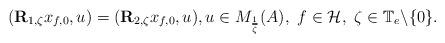
LaTeX: \begin{align*}(\mathbf R_{1,\zeta} x_{f,0}, u) = (\mathbf R_{2,\zeta} x_{f,0}, u),u\in M_{ \frac{1}{\overline{\zeta}} }(A),\ f\in \mathcal{H},\ \zeta\in\mathbb{T}_e\backslash\{ 0 \}.\end{align*}